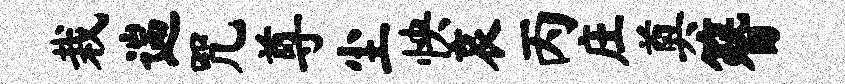
栽遄咒尊尘怏哀丙庄奠簪